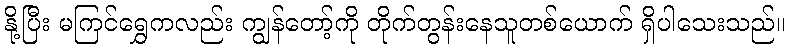
နို့ပြီး မကြင်ရွှေကလည်း ကျွန်တော့်ကို တိုက်တွန်းနေသူတစ်ယောက် ရှိပါသေးသည်။